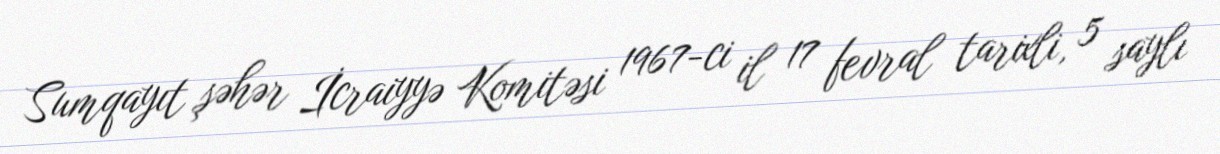
Sumqayıt şəhər İcraiyyə Komitəsi 1967-ci il 17 fevral tarixli, 5 saylı